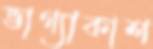
ভাগ্যাকাশ